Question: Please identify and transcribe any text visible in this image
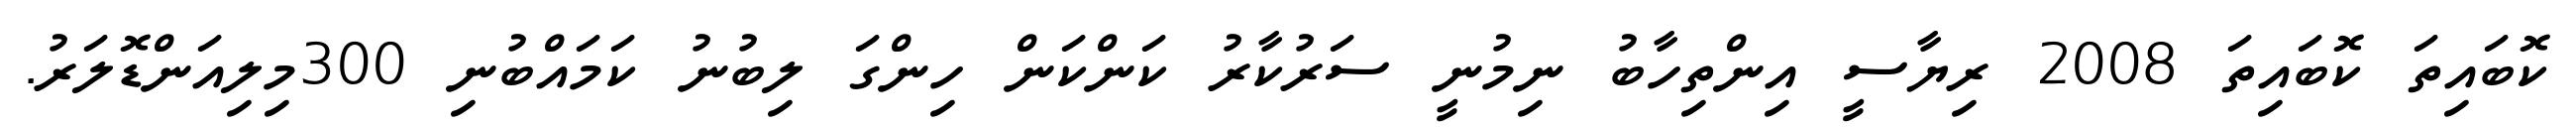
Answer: ކޮބައިތަ ކޮބައިތަ 2008 ރިޔާސީ އިންތިހާބު ނިމުނީ ސަރުކާރު ކަންކަން ހިންގަ ލިބުނު ކަމައްބުނި 300މިލިއަންޑޮލަރު.